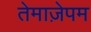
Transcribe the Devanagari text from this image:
तेमाज़ेपम